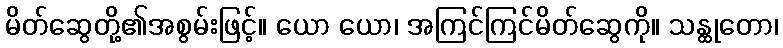
မိတ်ဆွေတို့၏အစွမ်းဖြင့်။ ယော ယော၊ အကြင်ကြင်မိတ်ဆွေကို။ သန္ထုတော၊